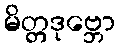
မိတ္တဒုဗ္ဘော